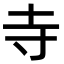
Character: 寺